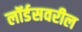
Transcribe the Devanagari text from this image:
लॉर्डसवरील